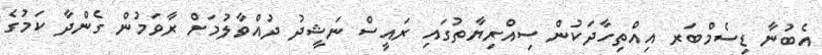
އެބުނާ ޑިސެމްބަރ އިއްތިހާދަކުން ސިއްރިޔާތުގައި ރައީސް ނަޝީދު ދުއްވާލުމަށް ރާވަމުން ގެންދާ ކަމުގެ